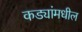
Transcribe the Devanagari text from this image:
कड्यांमधील